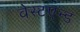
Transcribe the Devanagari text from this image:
वेस्टएन्ड